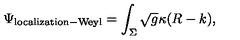
\Psi _ { \mathrm { l o c a l i z a t i o n - W e y l } } = \int _ { \Sigma } \sqrt { g } \kappa ( R - k ) ,